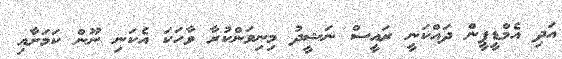
އަދި އެމްޑީޕީން ދައްކަނީ ރައީސް ނަޝީދު މިނިވަންކުރާ ވާހަކަ އެކަނި ނޫން ކަމަށާއި